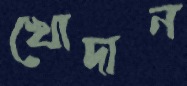
খোদান